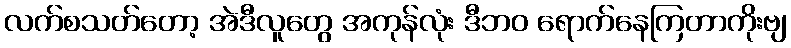
လက်စသတ်တော့ အဲဒီလူတွေ အကုန်လုံး ဒီဘဝ ရောက်နေကြတာကိုးဗျ